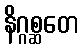
နိဂ္ဂစ္ဆတေ